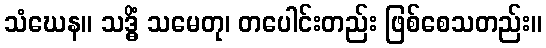
သံဃေန။ သဒ္ဓိံ သမေတု၊ တပေါင်းတည်း ဖြစ်စေသတည်း။